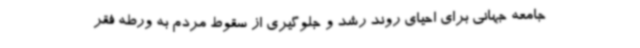
جامعه جهانی برای احیای روند رشد و جلوگیری از سقوط مردم به ورطه فقر